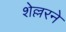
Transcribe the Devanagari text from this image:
शेल्लरने